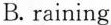
B. raining